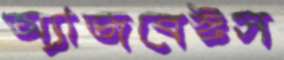
অ্যাজবেস্টস